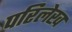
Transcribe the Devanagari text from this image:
परिलेख